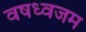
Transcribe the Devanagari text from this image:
वषध्वजम